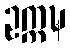
ဥက္ကဍ္ဎ